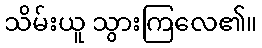
သိမ်းယူ သွားကြလေ၏။